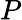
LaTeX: P